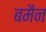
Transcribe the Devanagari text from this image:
बमैन